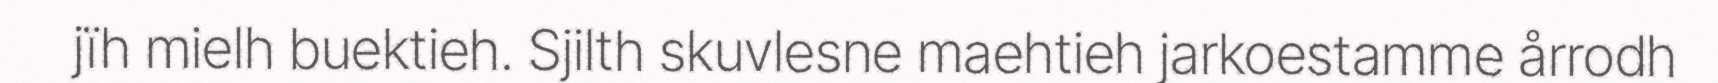
jïh mielh buektieh. Sjilth skuvlesne maehtieh jarkoestamme årrodh